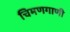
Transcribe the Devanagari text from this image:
चिमणगाणी